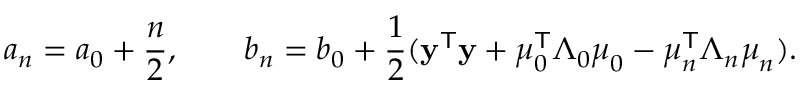
a _ { n } = a _ { 0 } + { \frac { n } { 2 } } , \qquad b _ { n } = b _ { 0 } + { \frac { 1 } { 2 } } ( \mathbf { y } ^ { \mathsf { T } } \mathbf { y } + { \boldsymbol { \mu } } _ { 0 } ^ { \mathsf { T } } { \boldsymbol { \Lambda } } _ { 0 } { \boldsymbol { \mu } } _ { 0 } - { \boldsymbol { \mu } } _ { n } ^ { \mathsf { T } } { \boldsymbol { \Lambda } } _ { n } { \boldsymbol { \mu } } _ { n } ) .